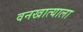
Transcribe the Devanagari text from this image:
वनखात्याला